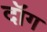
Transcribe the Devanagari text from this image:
दॉग